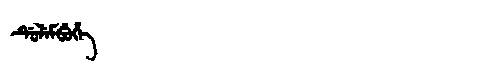
Manchu: ᡩᡠᠯᡝᠮᠪᡠᡥᡝ
Romanization: DULEMBUHE